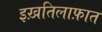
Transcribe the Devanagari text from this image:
इख़तिलाफ़ात